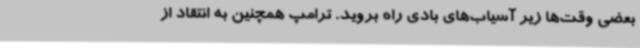
بعضی وقت‌ها زیر آسیاب‌های بادی راه بروید. ترامپ همچنین به انتقاد از